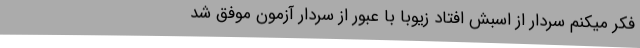
فکر میکنم سردار از اسبش افتاد زیوبا با عبور از سردار آزمون موفق شد